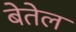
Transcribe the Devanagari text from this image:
बेतेल